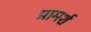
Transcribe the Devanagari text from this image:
प्रामर्श